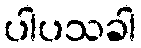
ပါပသခါ